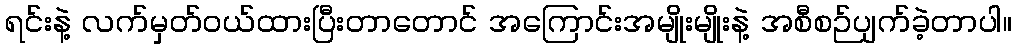
ရင်းနဲ့ လက်မှတ်ဝယ်ထားပြီးတာတောင် အကြောင်းအမျိုးမျိုးနဲ့ အစီစဉ်ပျက်ခဲ့တာပါ။